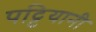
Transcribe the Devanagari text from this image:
पट्टियानी